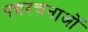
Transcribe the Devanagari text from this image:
पद्यरचनाओं